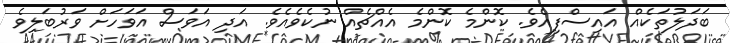
ބަދަލުތަކެއް އައިސްފިއެވެ. ކޮންމެ ކޮންމެ އެއްޗެއް ނުކެވެއެވެ. އަދި އަވަސް އަވަހަށް ވަރުބަލިވެ